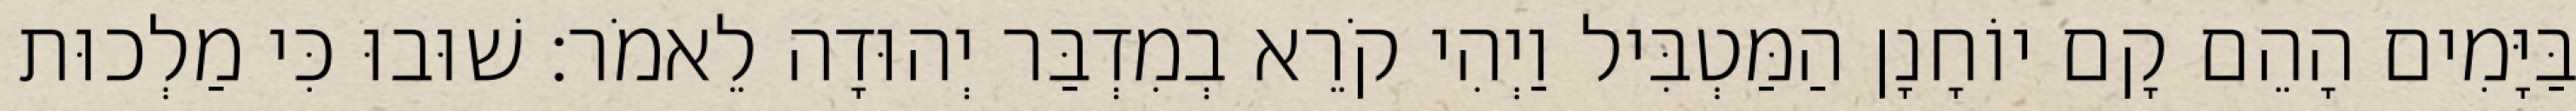
בַּיָּמִים הָהֵם קָם יוֹחָנָן הַמַּטְבִּיל וַיְהִי קֹרֵא בְמִדְבַּר יְהוּדָה לֵאמֹר׃ שׁוּבוּ כִּי מַלְכוּת